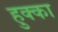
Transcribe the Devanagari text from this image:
हुक्‍का